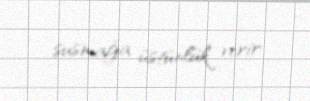
susmağa üstünlük verir.